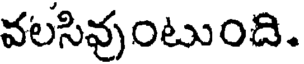
వలసివుంటుంది.